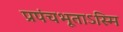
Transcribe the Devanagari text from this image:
प्रपंचभूताऽस्मि